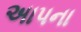
અાપના